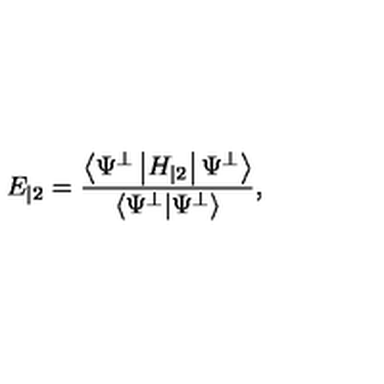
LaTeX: E _ { | 2 } = \frac { \left\langle \Psi ^ { \perp } \left| H _ { | 2 } \right| \Psi ^ { \perp } \right\rangle } { \left\langle \Psi ^ { \perp } | \Psi ^ { \perp } \right\rangle } ,